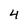
Character: 4